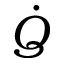
\dot { Q }